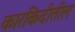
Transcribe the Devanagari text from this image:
कारकिदीतील